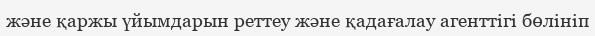
және қаржы үйымдарын реттеу және қадағалау агенттігі бөлініп